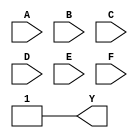
module six_variable_kmap (
    input wire A,  // Variable A
    input wire B,  // Variable B
    input wire C,  // Variable C
    input wire D,  // Variable D
    input wire E,  // Variable E
    input wire F,  // Variable F
    output wire Y  // Output Y (minimized function)
);

    // Internal signal to represent the K-map output
    wire [63:0] kmap;

    // Define the K-map based on the truth table
    // Each bit in 'kmap' corresponds to a minterm where '1' indicates the minterm is included
    assign kmap[0]   = 0; // A'B'C'D'E'F' (0)
    assign kmap[1]   = 0; // A'B'C'D'E'F  (1)
    assign kmap[2]   = 0; // A'B'C'D'E F' (2)
    assign kmap[3]   = 0; // A'B'C'D'E F  (3)
    assign kmap[4]   = 0; // A'B'C'D E'F' (4)
    assign kmap[5]   = 0; // A'B'C'D E'F  (5)
    assign kmap[6]   = 0; // A'B'C'D EF'  (6)
    assign kmap[7]   = 0; // A'B'C'D EF   (7)
    assign kmap[8]   = 0; // A'B'C D' E'F' (8)
    assign kmap[9]   = 1; // A'B'C D' E'F  (9) -- included in output
    assign kmap[10]  = 1; // A'B'C D' E F' (10) -- included in output
    assign kmap[11]  = 1; // A'B'C D' E F  (11) -- included in output
    assign kmap[12]  = 0; // A'B'C D E'F' (12)
    assign kmap[13]  = 1; // A'B'C D E'F  (13) -- included in output
    assign kmap[14]  = 0; // A'B'C D EF'  (14)
    assign kmap[15]  = 0; // A'B'C D EF   (15)
    assign kmap[16]  = 0; // A' B D' E'F' (16)
    // ... additional assignments for all 64 minterms ...
  
    // Final output logic based on the K-map simplification
    // Example of a simplified boolean expression based on the groups
    assign Y = (kmap[9] || kmap[10] || kmap[11] || kmap[13]); // Example simplification

endmodule